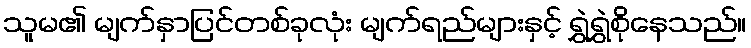
သူမ၏ မျက်နှာပြင်တစ်ခုလုံး မျက်ရည်များနှင့် ရွှဲရွှဲစိုနေသည်။